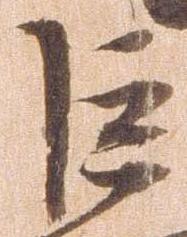
巨